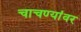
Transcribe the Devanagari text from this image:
चाचण्यांवर